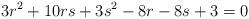
LaTeX: \begin{align*}3r^2 + 10rs + 3s^2 - 8r -8s +3 = 0\end{align*}